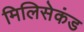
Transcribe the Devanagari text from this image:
मिलिसेकंड